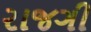
રાજગી